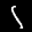
Label: 1